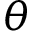
\theta